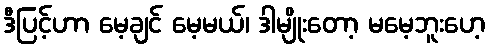
ဒီပြင့်ဟာ မေ့ချင် မေ့မယ်၊ ဒါမျိုးတော့ မမေ့ဘူးဟေ့